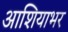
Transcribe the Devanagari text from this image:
आशियाभर